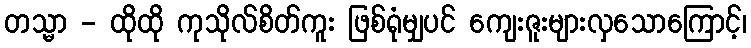
တသ္မာ - ထိုထို ကုသိုလ်စိတ်ကူး ဖြစ်ရုံမျှပင် ကျေးဇူးများလှသောကြောင့်၊